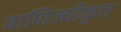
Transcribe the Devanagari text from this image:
वाणिज्यीकृत्त